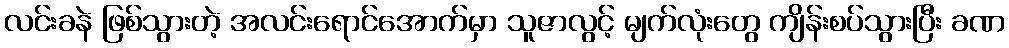
လင်းခနဲ ဖြစ်သွားတဲ့ အလင်းရောင်အောက်မှာ သူဇာလွင့် မျက်လုံးတွေ ကျိန်းစပ်သွားပြီး ခဏ